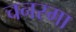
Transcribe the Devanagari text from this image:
चनस्मा